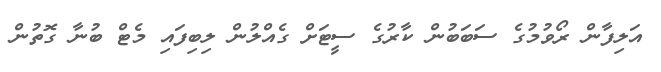
އަލިފާން ރޯވުމުގެ ސަބަބުން ކާރުގެ ސީޓަށް ގެއްލުން ލިބިފައި މެޓް ބުނާ ގޮތުން